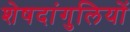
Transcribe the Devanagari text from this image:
शेषदांगुलियों